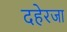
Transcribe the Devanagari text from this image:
दहेरजा